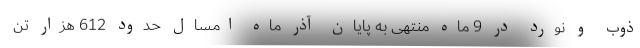
ذوب و نورد در 9 ماه منتهی به پایان آذر ماه امسال حدود 612 هزار تن